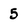
Character: 5